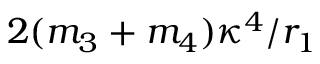
2 ( m _ { 3 } + m _ { 4 } ) \kappa ^ { 4 } / r _ { 1 }